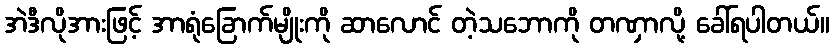
အဲဒီလိုအားဖြင့် အာရုံခြောက်မျိုးကို ဆာလောင် တဲ့သဘောကို တဏှာလို့ ခေါ်ရပါတယ်။